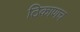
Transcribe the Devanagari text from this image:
ठिकाणच